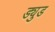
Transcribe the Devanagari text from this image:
ड्युड